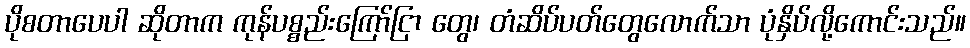
ပိုစတာပေပါ ဆိုတာက ကုန်ပစ္စည်းကြော်ငြာ တွေ၊ တံဆိပ်ပတ်တွေလောက်သာ ပုံနှိပ်လို့ကောင်းသည်။